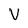
Character: V